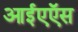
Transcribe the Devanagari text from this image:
आईएऍस